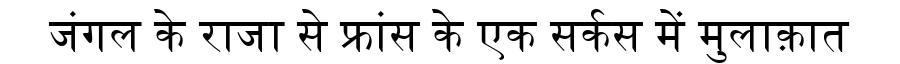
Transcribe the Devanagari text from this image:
जंगल के राजा से फ्रांस के एक सर्कस में मुलाक़ात